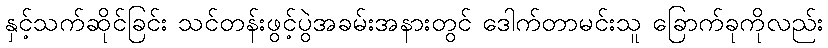
နှင့်သက်ဆိုင်ခြင်း သင်တန်းဖွင့်ပွဲအခမ်းအနားတွင် ဒေါက်တာမင်းသူ ခြောက်ခုကိုလည်း